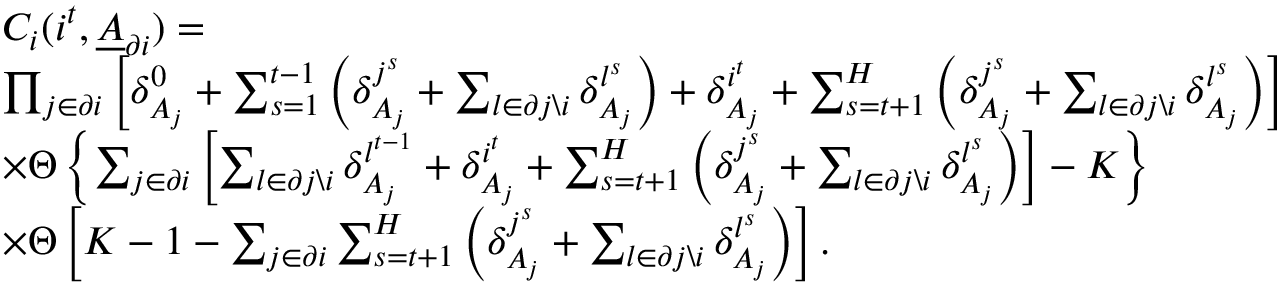
\begin{array} { r l } & { C _ { i } ( i ^ { t } , \underline { { A } } _ { \partial i } ) = } \\ & { \prod _ { j \in \partial i } \left[ \delta _ { A _ { j } } ^ { 0 } + \sum _ { s = 1 } ^ { t - 1 } \left( \delta _ { A _ { j } } ^ { j ^ { s } } + \sum _ { l \in \partial j \backslash i } \delta _ { A _ { j } } ^ { l ^ { s } } \right) + \delta _ { A _ { j } } ^ { i ^ { t } } + \sum _ { s = t + 1 } ^ { H } \left( \delta _ { A _ { j } } ^ { j ^ { s } } + \sum _ { l \in \partial j \backslash i } \delta _ { A _ { j } } ^ { l ^ { s } } \right) \right] } \\ & { \times \Theta \left\{ \sum _ { j \in \partial i } \left[ \sum _ { l \in \partial j \backslash i } \delta _ { A _ { j } } ^ { l ^ { t - 1 } } + \delta _ { A _ { j } } ^ { i ^ { t } } + \sum _ { s = t + 1 } ^ { H } \left( \delta _ { A _ { j } } ^ { j ^ { s } } + \sum _ { l \in \partial j \backslash i } \delta _ { A _ { j } } ^ { l ^ { s } } \right) \right] - K \right\} } \\ & { \times \Theta \left[ K - 1 - \sum _ { j \in \partial i } \sum _ { s = t + 1 } ^ { H } \left( \delta _ { A _ { j } } ^ { j ^ { s } } + \sum _ { l \in \partial j \backslash i } \delta _ { A _ { j } } ^ { l ^ { s } } \right) \right] . } \end{array}